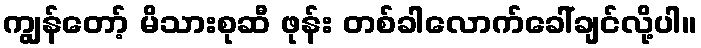
ကျွန်တော့် မိသားစုဆီ ဖုန်း တစ်ခါလောက်ခေါ်ချင်လို့ပါ။